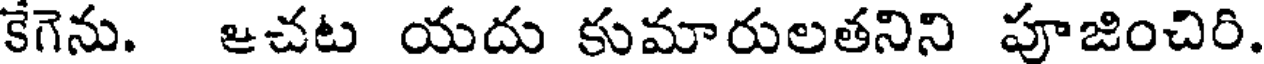
కేగెను. ఆచట యదు కుమారులతనిని పూజించిరి.